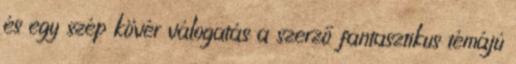
és egy szép kövér válogatás a szerző fantasztikus témájú